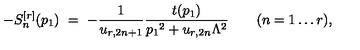
- S _ { n } ^ { [ r ] } ( p _ { 1 } ) \ = \ - \frac { 1 } { u _ { r , 2 n + 1 } } \frac { t ( p _ { 1 } ) } { p _ { 1 } { } ^ { 2 } + u _ { r , 2 n } \Lambda ^ { 2 } } \qquad ( n = 1 \ldots r ) ,